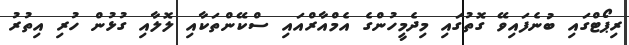
ރިޕޯޓްގައި ބުނެފައިވޭ ގޮތުގައި މިދެމީހުންގެ އެމްއާރްއައި ސްކޭންތަކާއި ލޮލާއި ގުޅުން ހުރި އިތުރު